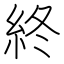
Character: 終